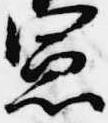
憲